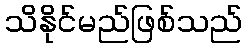
သိနိုင်မည်ဖြစ်သည်